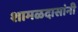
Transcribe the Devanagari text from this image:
शामळदासांनी